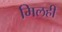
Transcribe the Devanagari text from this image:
मिलही